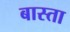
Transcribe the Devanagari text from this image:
बास्ता